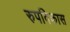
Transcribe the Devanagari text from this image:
रुपविकास